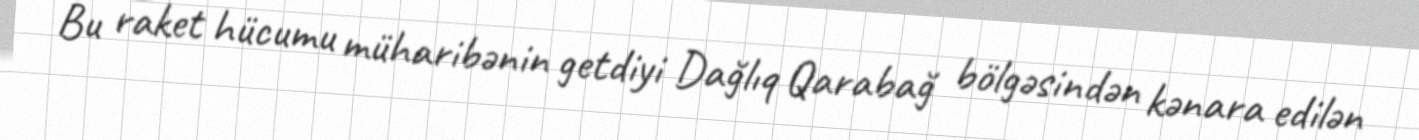
Bu raket hücumu müharibənin getdiyi Dağlıq Qarabağ bölgəsindən kənara edilən